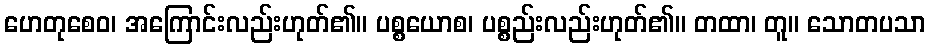
ဟေတုစေဝ၊ အကြောင်းလည်းဟုတ်၏။ ပစ္စယောစ၊ ပစ္စည်းလည်းဟုတ်၏။ တထာ၊ တူ။ သောတပသာ